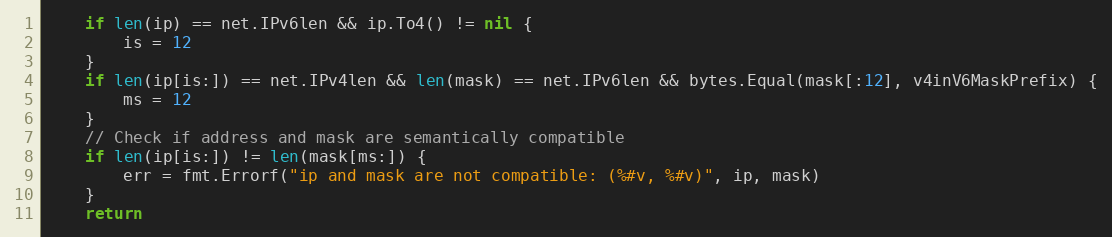
Language: Go
	if len(ip) == net.IPv6len && ip.To4() != nil {
		is = 12
	}
	if len(ip[is:]) == net.IPv4len && len(mask) == net.IPv6len && bytes.Equal(mask[:12], v4inV6MaskPrefix) {
		ms = 12
	}
	// Check if address and mask are semantically compatible
	if len(ip[is:]) != len(mask[ms:]) {
		err = fmt.Errorf("ip and mask are not compatible: (%#v, %#v)", ip, mask)
	}
	return